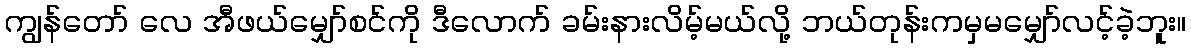
ကျွန်တော် လေ အီဖယ်မျှော်စင်ကို ဒီလောက် ခမ်းနားလိမ့်မယ်လို့ ဘယ်တုန်းကမှမမျှော်လင့်ခဲ့ဘူး။